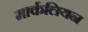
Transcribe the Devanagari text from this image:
मार्कलियन